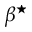
\beta ^ { \star }